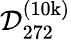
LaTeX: \mathcal{D}_{272}^{(\mathrm{10k})}